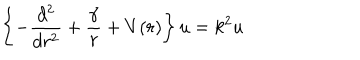
\left\{ - \frac { d ^ { 2 } } { d r ^ { 2 } } + \frac { \gamma } { r } + V ( r ) \right\} u = k ^ { 2 } u